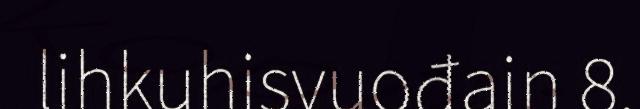
lihkuhisvuođain 8.